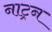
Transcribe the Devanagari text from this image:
नाट्रन